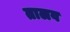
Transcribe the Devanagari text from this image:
तालव